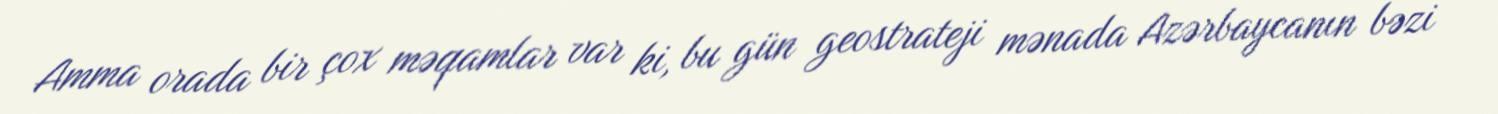
Amma orada bir çox məqamlar var ki, bu gün geostrateji mənada Azərbaycanın bəzi